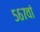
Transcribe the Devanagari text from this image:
५६७वां